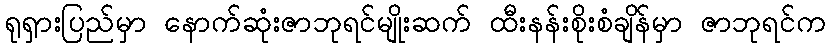
ရုရှားပြည်မှာ နောက်ဆုံးဇာဘုရင်မျိုးဆက် ထီးနန်းစိုးစံချိန်မှာ ဇာဘုရင်က